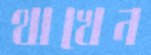
থাখেন